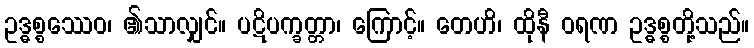
ဥဒ္ဓစ္စဿေဝ၊ ၏သာလျှင်။ ပဋိပက္ခတ္တာ၊ ကြောင့်။ တေဟိ၊ ထိုနီ ဝရဏ ဥဒ္ဓစ္စတို့သည်။